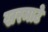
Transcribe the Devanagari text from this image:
खरमाटे